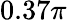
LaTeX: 0.37\pi